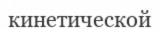
кинетической